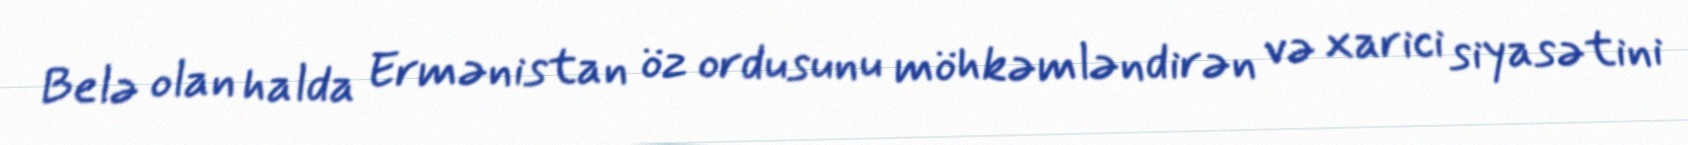
Belə olan halda Ermənistan öz ordusunu möhkəmləndirən və xarici siyasətini